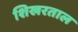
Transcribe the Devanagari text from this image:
शिखरताल